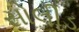
સોલીડ